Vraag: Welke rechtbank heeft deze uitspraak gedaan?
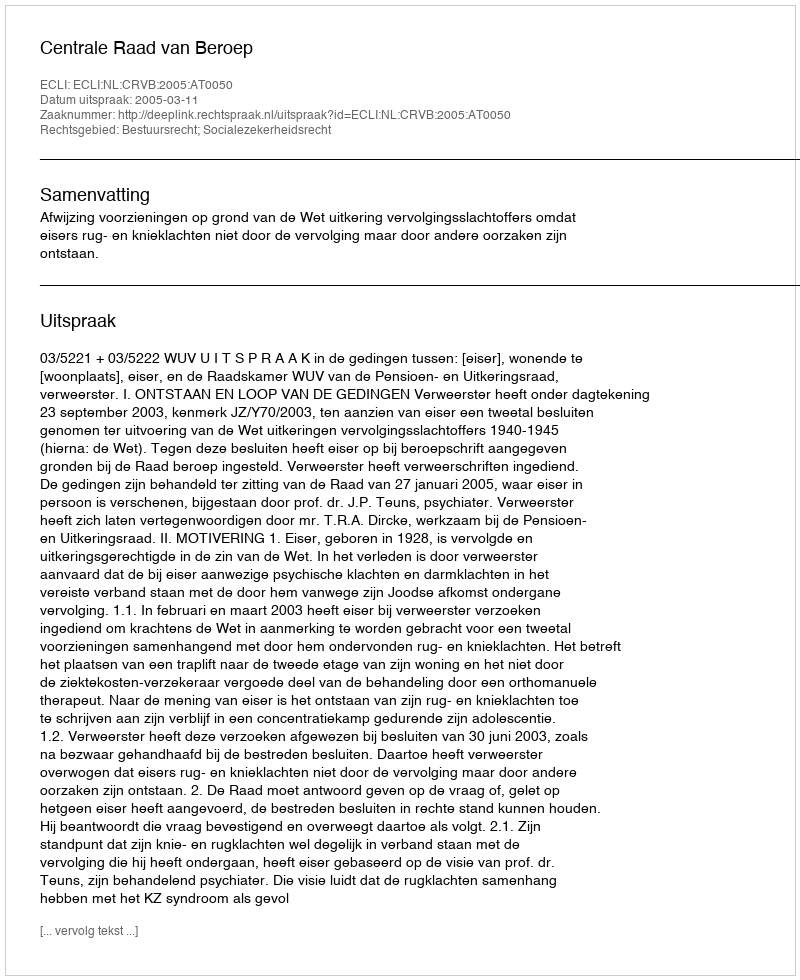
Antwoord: Centrale Raad van Beroep